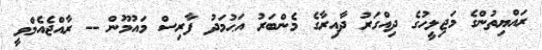
ރައްޔިތުންގެ މަޖިލީހުގެ ދިއްގަރު ދާއިރާގެ މެންބަރު އަޙުމަދު ފާރިސް މައުމޫން -- ރާއްޖެއެމްވީ